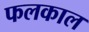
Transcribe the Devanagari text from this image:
फलकाल